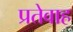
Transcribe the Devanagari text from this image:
प्रतेवाह